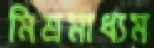
মিশ্রমাধ্যম